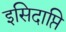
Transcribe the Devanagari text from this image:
इसिदाप्ति